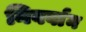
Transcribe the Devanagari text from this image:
निवर्वान